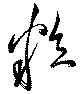
粒